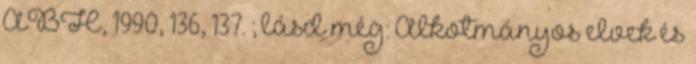
ABH, 1990, 136, 137. ; lásd még: Alkotmányos elvek és